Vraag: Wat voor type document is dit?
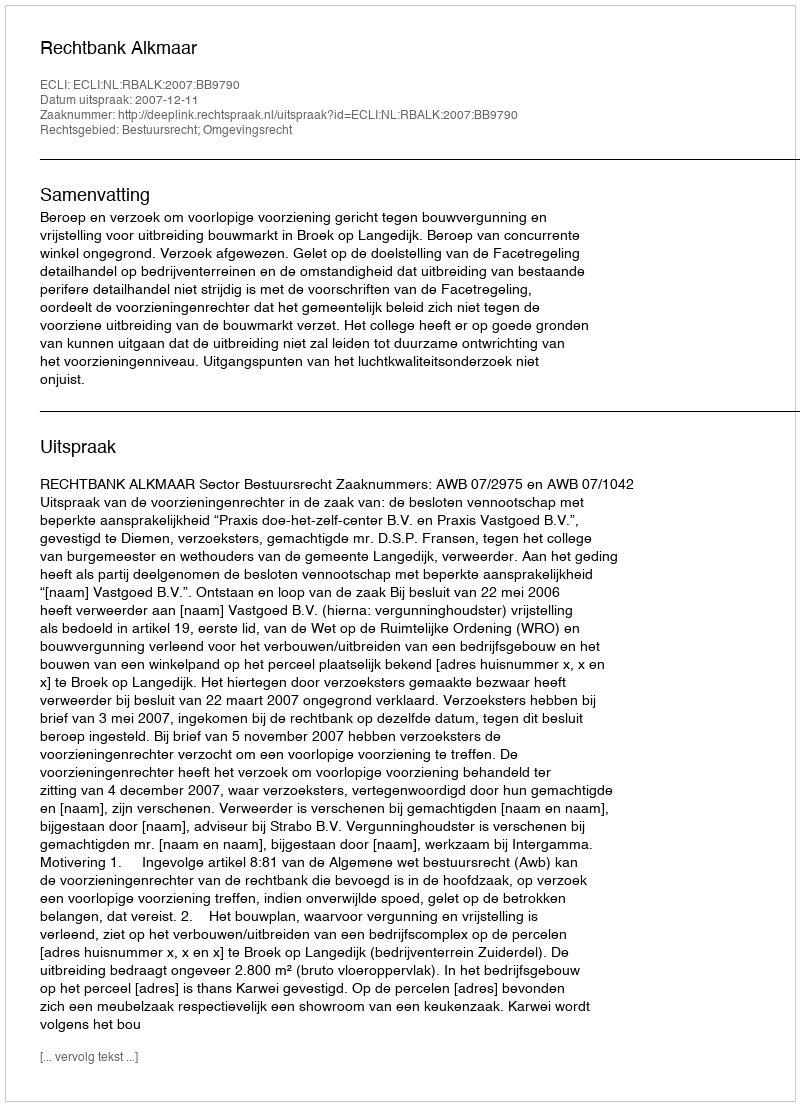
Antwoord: Uitspraak